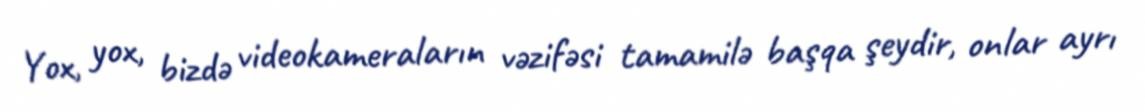
Yox, yox, bizdə videokameraların vəzifəsi tamamilə başqa şeydir, onlar ayrı